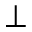
\bot